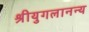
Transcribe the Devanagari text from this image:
श्रीयुगलानन्य